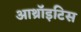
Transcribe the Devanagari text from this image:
आथ्रॉइटिस